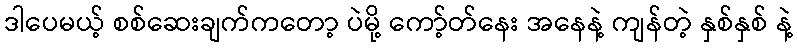
ဒါပေမယ့် စစ်ဆေးချက်ကတော့ ပဲမို့ ကော့်တ်နေး အနေနဲ့ ကျန်တဲ့ နှစ်နှစ် နဲ့